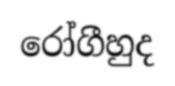
රෝගීහුද